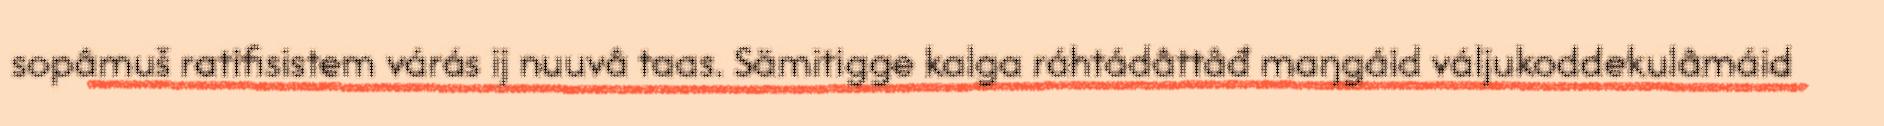
sopâmuš ratifisistem várás ij nuuvâ taas. Sämitigge kalga ráhtádâttâđ maŋgáid váljukoddekulâmáid